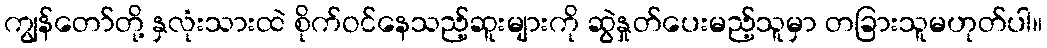
ကျွန်တော်တို့ နှလုံးသားထဲ စိုက်ဝင်နေသည့်ဆူးများကို ဆွဲနှုတ်ပေးမည့်သူမှာ တခြားသူမဟုတ်ပါ။